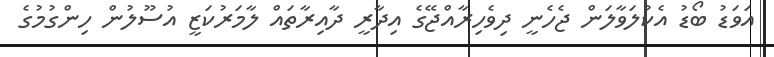
އަވަޑު ބޯޑު އެކުލަވާލަން ޖެހެނީ ދިވެހިރާއްޖޭގެ އިދާރީ ދާއިރާތައް ލާމަރުކަޒީ އުސޫލުން ހިންގުމުގެ